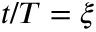
t / T = \xi